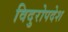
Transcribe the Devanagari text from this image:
विदुरोपदेश